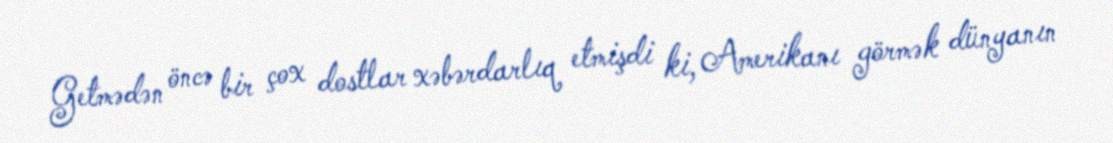
Getmədən öncə bir çox dostlar xəbərdarlıq etmişdi ki, Amerikanı görmək dünyanın